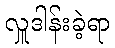
လှူဒါန်းခဲ့ရာ